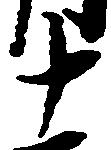
十